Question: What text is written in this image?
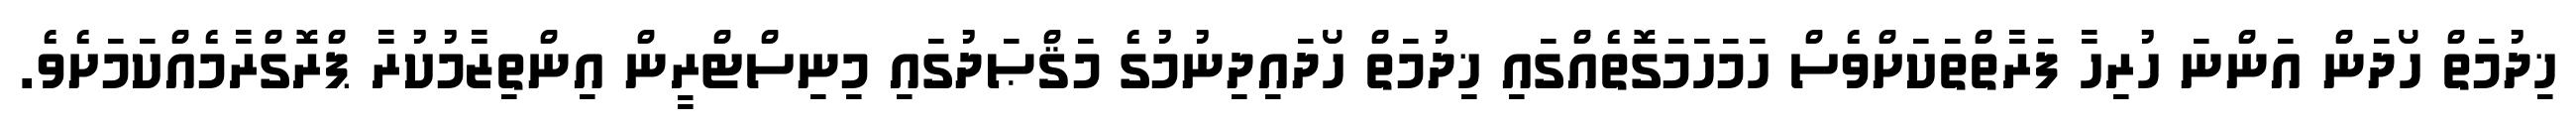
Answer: ޚިދުމަތް ހޯދަން އަންނަ ހުރިހާ ފަރާތްތަކަށްވެސް ހަމަހަމަގޮތެއްގައި ޚިދުމަތް ހޯދައިދިނުމުގެ މަޤްޞަދުގައި މިނިސްޓްރީން އިންތިޒާމުކުރާ ޕްރޮގްރާމެއްކަމަށެވެ.